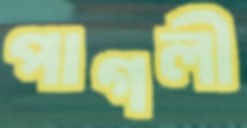
পাগলী